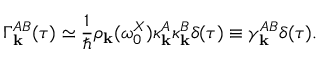
\Gamma _ { \bf k } ^ { A B } ( \tau ) \simeq \frac { 1 } { \hbar } \rho _ { \bf k } ( \omega _ { 0 } ^ { X } ) \kappa _ { \bf k } ^ { A } \kappa _ { \bf k } ^ { B } \delta ( \tau ) \equiv \gamma _ { \bf k } ^ { A B } \delta ( \tau ) .